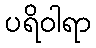
ပရိဝါရာ